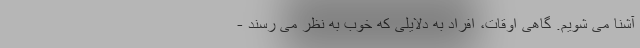
آشنا می شویم. گاهی اوقات، افراد به دلایلی که خوب به نظر می رسند -